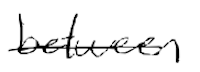
Text: between
Cross-out: single-line
Writing tool: digital_black